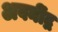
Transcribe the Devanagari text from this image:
अवनींद्र